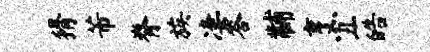
猾芾脊族凄答黼烹丑皓